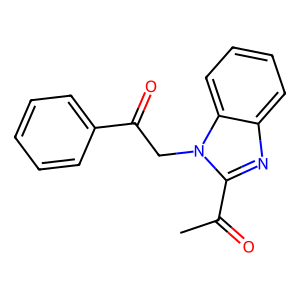
SMILES: CC(=O)c1nc2ccccc2n1CC(=O)c1ccccc1
Inhibits HIV replication: No